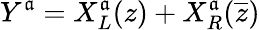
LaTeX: Y^{\mathfrak{a}}=X_{L}^{\mathfrak{a}}(z)+X_{R}^{\mathfrak{a}}(\overline{{{{z}}}})